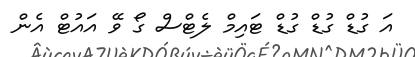
އަ ގުޑް ގުޑް ގުޑް ޓައިމް ލެޓްސް ގޯ ވޭ އައުޓް އެން